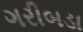
ગરીબડા